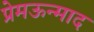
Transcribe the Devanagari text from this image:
प्रेमऊन्माद